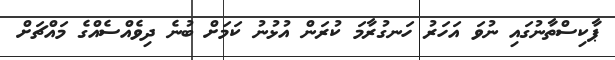
ޕާކިސްތާނުގައި ނުވަ އަހަރު ހަނގުރާމަ ކުރަން އުޅުނު ކަމަށް ބުނެ ދިވެއްސެއްގެ މައްޗަށް